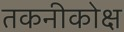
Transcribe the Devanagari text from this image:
तकनीकोक्ष